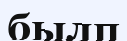
былп